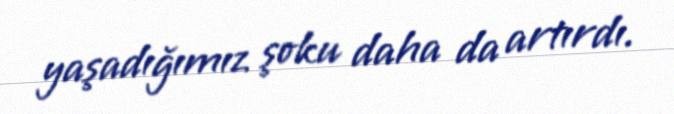
yaşadığımız şoku daha da artırdı.